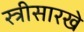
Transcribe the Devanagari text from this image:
स्त्रीसारखे